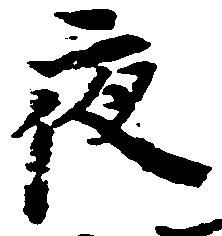
夜